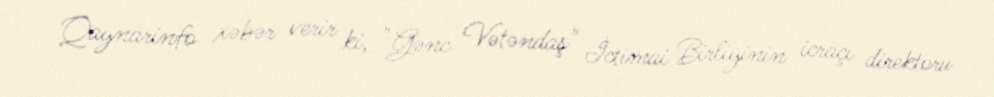
Qaynarinfo xəbər verir ki, "Gənc Vətəndaş" İctimai Birliyinin icraçı direktoru